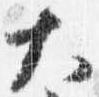
大